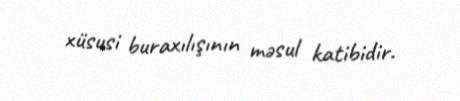
xüsusi buraxılışının məsul katibidir.